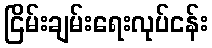
ငြိမ်းချမ်းရေးလုပ်ငန်း